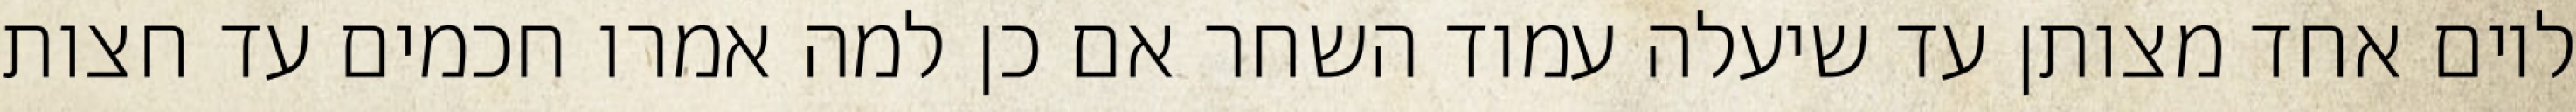
ליום אחד מצותן עד שיעלה עמוד השחר אם כן למה אמרו חכמים עד חצות